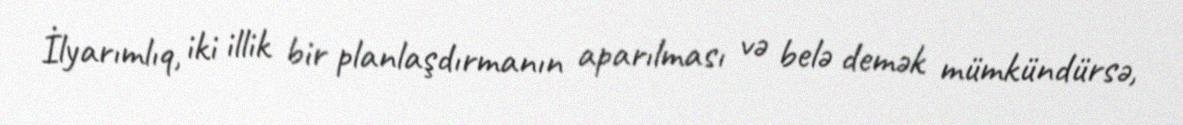
İlyarımlıq, iki illik bir planlaşdırmanın aparılması və belə demək mümkündürsə,